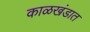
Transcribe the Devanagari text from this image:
काळखंडात